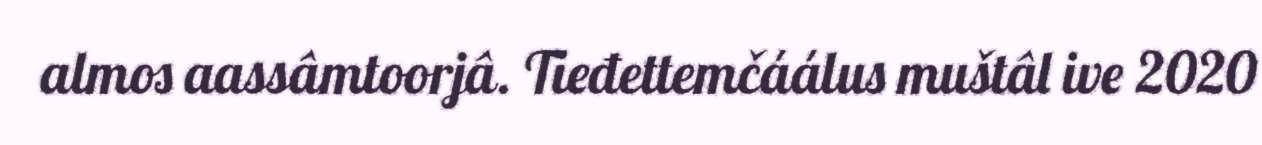
almos aassâmtoorjâ. Tieđettemčáálus muštâl ive 2020